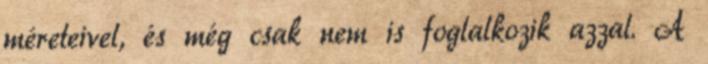
méreteivel, és még csak nem is foglalkozik azzal. A